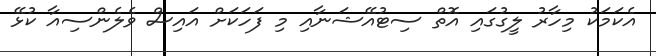
އެކަމަކު މިހާރު ލީގުގައި އޮތް ސިޓުއޭޝަނާއި މި ފަހަކަށް އައިސް ވެލެންސިއާ ކުޅޭ